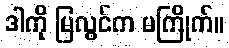
ဒါကို မြလွင်က မကြိုက်။